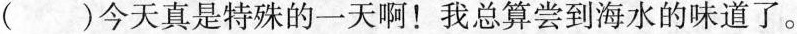
（）今天真是特殊的一天啊！我总算尝到海水的味道了。